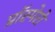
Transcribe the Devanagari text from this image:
प्रॉस्पेरो